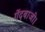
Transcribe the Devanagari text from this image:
गेंदबाजी।